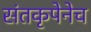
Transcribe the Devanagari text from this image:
संतकृपेनेच